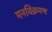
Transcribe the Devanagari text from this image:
मनविक्रमण